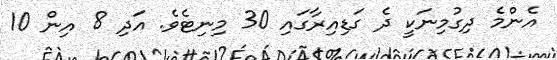
އެންމެ ދިގުމިނަކީ ދެ ގަޑިއިރާގައި 30 މިނިޓެވެ. އަދި 8 އިން 10